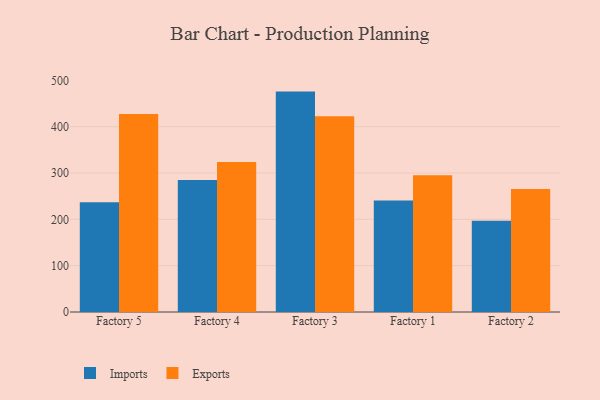
{"axis": {"x": "Factory", "y": "Inventory Turnover"}, "legend": ["Exports", "Imports"], "data": [{"x": "Factory 5", "y": 237.0, "type": "Imports"}, {"x": "Factory 5", "y": 427.5, "type": "Exports"}, {"x": "Factory 4", "y": 285.0, "type": "Imports"}, {"x": "Factory 4", "y": 323.7, "type": "Exports"}, {"x": "Factory 3", "y": 475.7, "type": "Imports"}, {"x": "Factory 3", "y": 422.6, "type": "Exports"}, {"x": "Factory 1", "y": 240.8, "type": "Imports"}, {"x": "Factory 1", "y": 295.0, "type": "Exports"}, {"x": "Factory 2", "y": 197.2, "type": "Imports"}, {"x": "Factory 2", "y": 265.3, "type": "Exports"}]}